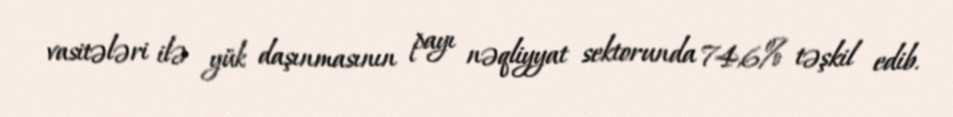
vasitələri ilə yük daşınmasının payı nəqliyyat sektorunda 74,6% təşkil edib.